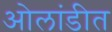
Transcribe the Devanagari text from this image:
ओलांडीत